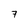
Character: 7